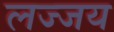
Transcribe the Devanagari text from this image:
लज्जय